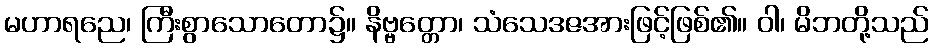
မဟာရညေ၊ ကြီးစွာသောတော၌။ နိဗ္ဗတ္တော၊ သံသေဒဇအားဖြင့်ဖြစ်၏။ ဝါ၊ မိဘတို့သည်